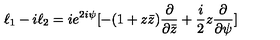
\ell _ { 1 } - i \ell _ { 2 } = i e ^ { 2 i \psi } [ - ( 1 + z \bar { z } ) \frac { \partial } { \partial \bar { z } } + \frac { i } { 2 } z \frac { \partial } { \partial \psi } ]